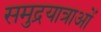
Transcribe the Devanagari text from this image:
समुद्रयात्राओं